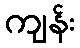
ကျန်း